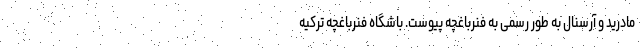
مادرید و آرسنال به طور رسمی به فنرباغچه پیوست. باشگاه فنرباغچه ترکیه